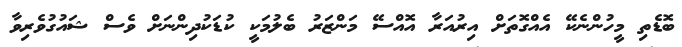
ބޮޑެތި މީހުންނެކޭ އެއްގޮތަށް އިރުއަރާ އޮއްސޭ މަންޒަރު ބެލުމަކީ ކުޑަކުދިންނަށް ވެސް ޝައުގުވެރިވާ